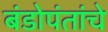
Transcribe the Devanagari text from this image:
बंडोपंतांचे